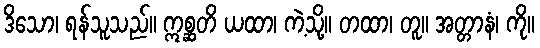
ဒိသော၊ ရန်သူသည်။ ဣစ္ဆတိ ယထာ၊ ကဲ့သို့။ တထာ၊ တူ။ အတ္တာနံ၊ ကို။